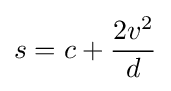
s=c+{\frac {2v^{2}}{d}}